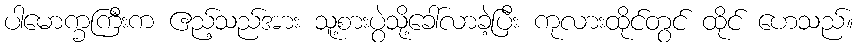
ပါမောက္ခကြီးက ဧည့်သည်အား သူ့စားပွဲသို့ခေါ်လာခဲ့ပြီး ကုလားထိုင်တွင် ထိုင် ဟေသည်။